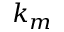
k _ { m }